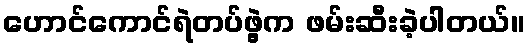
ဟောင်ကောင်ရဲတပ်ဖွဲ့က ဖမ်းဆီးခဲ့ပါတယ်။